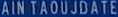
AINTAOUJDATE